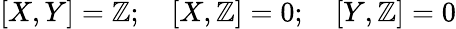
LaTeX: [X,Y]=\mathbb{Z};\quad[X,\mathbb{Z}]=0;\quad[Y,\mathbb{Z}]=0